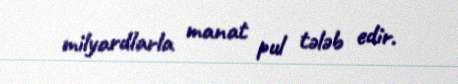
milyardlarla manat pul tələb edir.